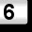
Digit: 6